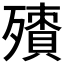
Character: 𣩬